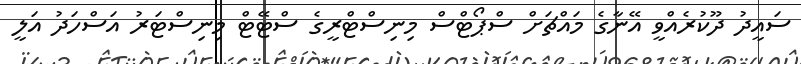
ސައީދު ދޫކުރެއްވީ އޭނާގެ މައްޗަށް ސްޕޯޓްސް މިނިސްޓްރީގެ ސްޓޭޓް މިނިސްޓަރު އަސްހަދު އަލީ